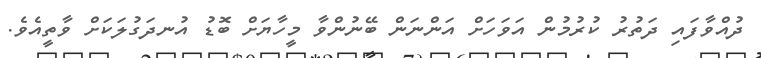
ދުއްވާފައި ދަތުރު ކުރުމުން އަވަހަށް އަންނަން ބޭނުންވާ މީހާޔަށް ބޮޑު އުނދަގުލަކަށް ވާތީއެވެ.